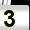
Digit: 3